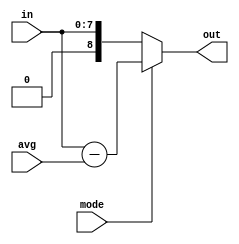
module acdc(input [7:0] in, avg, input mode, output signed[8:0] out);
	assign out = mode ? in - avg : in;
endmodule

/*
module acdc(input [7:0] in, input clk, output [7:0] out);
	reg [9:0] cnt;
	reg [7:0] avg;
	reg [20:0] sum;
	always @(posedge clk) begin
		if(cnt >= 640) begin
			cnt <= 0;
			avg <= sum / 640;
			sum <= 0;
		end
		else begin
			sum <= sum + in;
			cnt <= cnt + 1;
		end
	end
	assign out = in - avg;
endmodule
*/